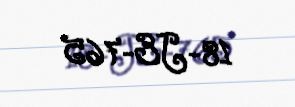
18-JE-765